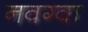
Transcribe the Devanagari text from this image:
नवग्वा